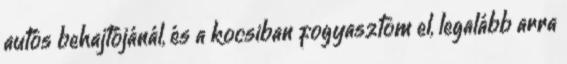
autós behajtójánál, és a kocsiban fogyasztom el, legalább arra